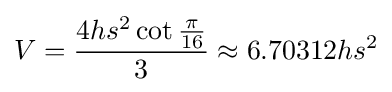
V={\frac {4hs^{2}\cot {\frac {\pi }{16}}}{3}}\approx 6.70312hs^{2}